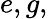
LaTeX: e,g,